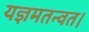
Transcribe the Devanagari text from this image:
यज्ञमतन्वत।